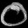
Digit: ၀